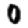
Digit: 0